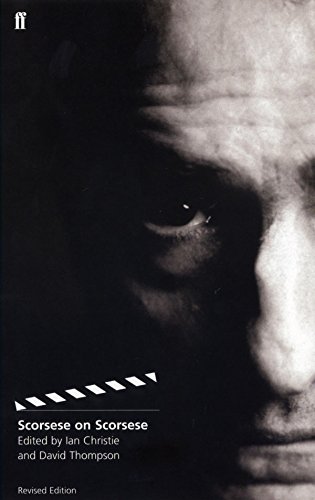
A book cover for Scorsese on Scorsese: Revised Edition; David Thompson; Humor & Entertainment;